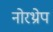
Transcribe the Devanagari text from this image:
नोरथ्रोप